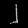
Digit: ၂